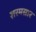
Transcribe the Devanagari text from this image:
शरमसार